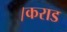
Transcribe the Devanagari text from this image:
।कराड